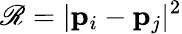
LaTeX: \mathscr{R}=|\mathbf{{p}}_{i}-\mathbf{{p}}_{j}|^{2}